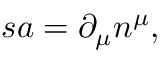
s a = \partial _ { \mu } n ^ { \mu } ,